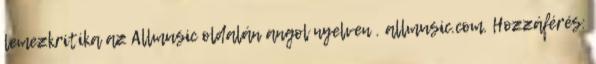
lemezkritika az Allmusic oldalán angol nyelven . allmusic.com. Hozzáférés: